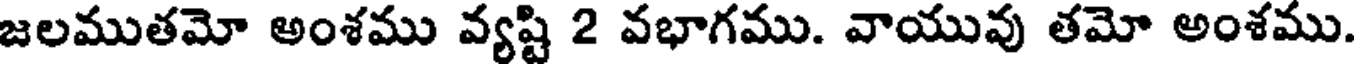
జలముతమో అంశము వ్యష్టి 2 వభాగము. వాయువు తమో అంశము.